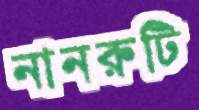
নানরুটি